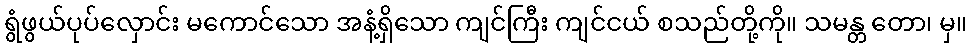
ရွံဖွယ်ပုပ်လှောင်း မကောင်သော အနံ့ရှိသော ကျင်ကြီး ကျင်ငယ် စသည်တို့ကို။ သမန္တ တော၊ မှ။